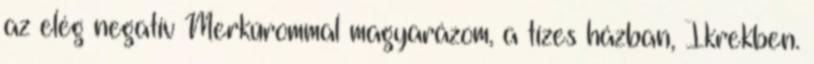
az elég negatív Merkúrommal magyarázom, a tízes házban, Ikrekben.